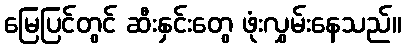
မြေပြင်တွင် ဆီးနှင်းတွေ ဖုံးလွှမ်းနေသည်။